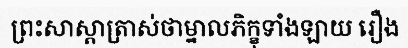
ព្រះសាស្តាត្រាស់ថាម្នាលភិក្ខុទាំងឡាយ រឿង